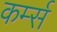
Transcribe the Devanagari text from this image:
कर्म्स